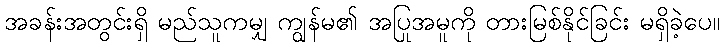
အခန်းအတွင်းရှိ မည်သူကမျှ ကျွန်မ၏ အပြုအမူကို တားမြစ်နိုင်ခြင်း မရှိခဲ့ပေ။